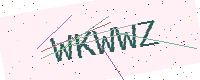
Text: WKWWZ